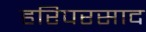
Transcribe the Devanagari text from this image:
हरिपरसाद